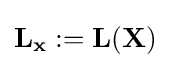
\mathbf {L} _{\mathbf {x} }:=\mathbf {L} (\mathbf {X} )